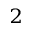
^ 2